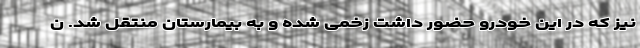
نیز که در این خودرو حضور داشت زخمی شده و به بیمارستان منتقل شد. ن